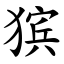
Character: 㺍